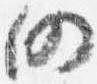
仍